Annual administration report of the Civil Veterinary Department of India - 1897-1898
Year: 1897
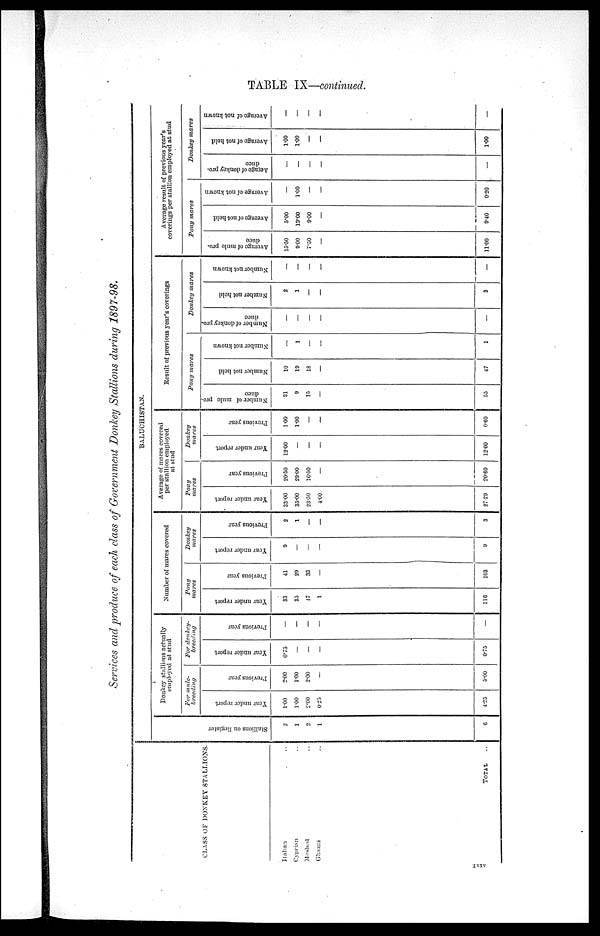
TABLE IX—continued.
Services and produce of each class of Government Donkey Stallions during 1897—98.
CLASS OF DONKEY STALLIONS.
Stalian ..
Cyprian ..
Meshed ..
Ghazni ..
TOTAL ..
BALUCHISTAN.
Stallions on Regi s t
er
2
1
2
1
6
Donkey stallions actually
employed at stud
For male—
breeding
Year
under report
1.00
1.00
2.00
0.25
4.25
Previons year
2.00
1.00
2.00
—
5.00
For donkey—
breeding
Year
under report
0.73
—
—
—
0.75
Previous year
—
—
—
—
—
Number of mares covered
Pony
mares
Year
under report
33
35
17
1
116
Previous year
41
29
33
—
103
Donkey
mares
Year under report
9
—
—
—
9
Previous year
2
1
—
—
3
Average of mares covered
per stallion employed
at stud
Pony
mares
Year
under report
33.00
35.00
23.50
4.00
27.29
Previous year
20.50
29.00
16.50
—
20.60
Donkey
mares
Year
under report
12.00
—
—
—
12.00
Previous year
1.00
1.00
—
—
0.60
Result of previous year's coverings
Pony
mares
Number of mule pro—
duce
31
9
15
—
55
Number not held
10
19
18
—
47
Number not known
—
1
—
—
1
Donkey
mares
Number of donkey pro-
duce
—
—
—
—
—
Number not held
2
1
—
—
3
Number not known
—
—
—
—
—
Average result of previous year's
coverings per stallion employed at stud
Pony
mares
Average of mule pro—
duce
15.50
9.00
7.50
—
11.00
Average of not held
5.00
19.00
9.00
—
9.40
Average of not known
—
1.00
—
—
0.20
Donkey
mares
Average
of donkey pro—
duce
—
—
—
—
—
Average of not held
1.00
1.00
—
—
1.00
Average of not known
—
—
—
—
—
xxxv